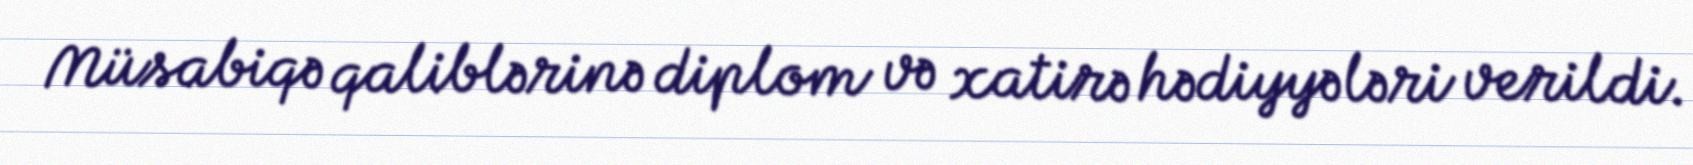
Müsabiqə qaliblərinə diplom və xatirə hədiyyələri verildi.